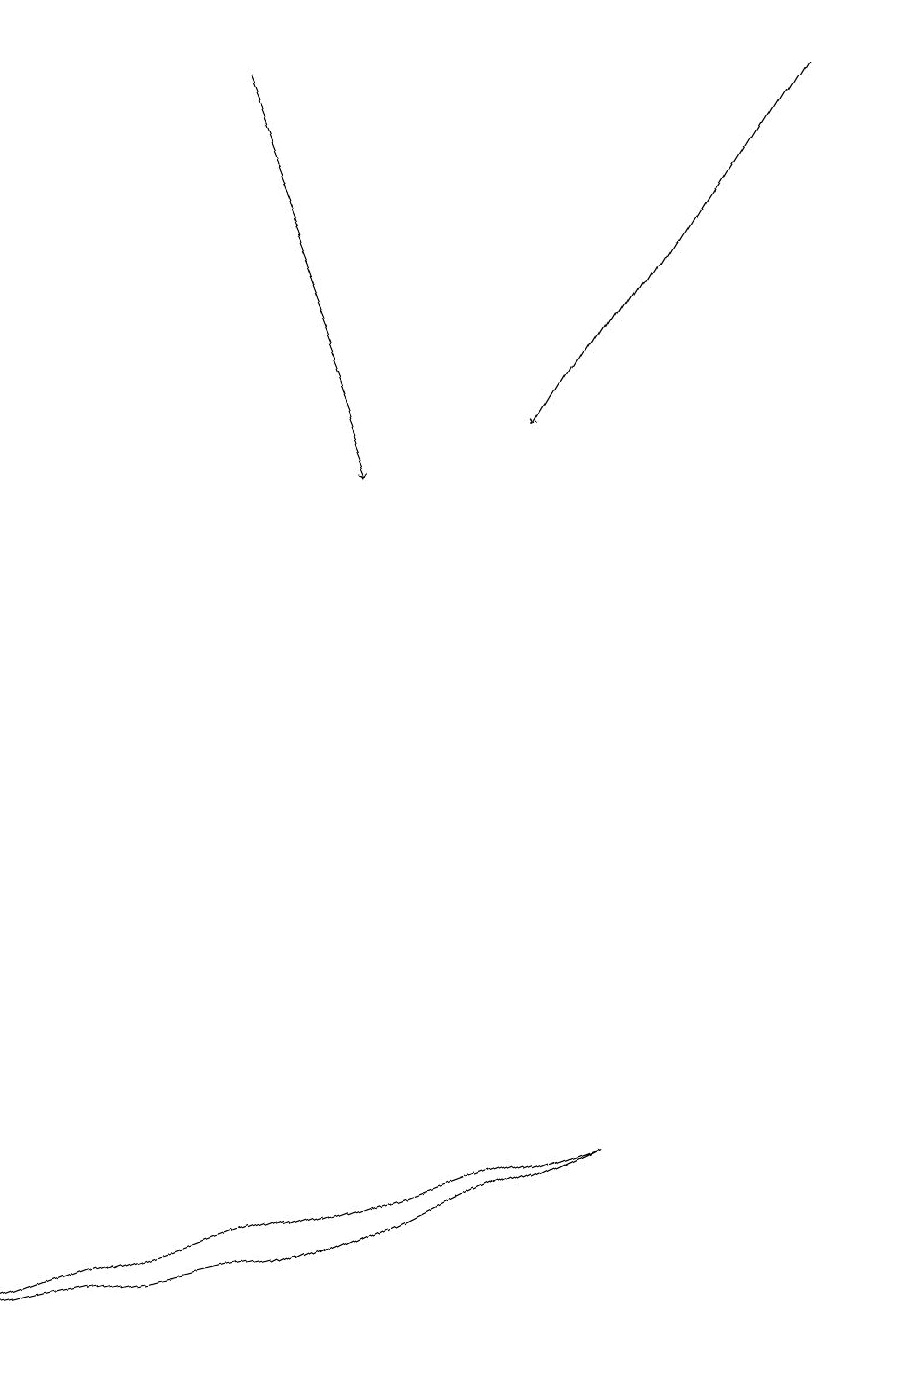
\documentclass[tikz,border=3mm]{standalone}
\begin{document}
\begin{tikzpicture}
\draw[->] (2,17) -- (4,12);
\draw[->] (9,18) -- (6,13);
\draw (8,4) -- (4,2) -- (0,1) -- cycle;
\draw (11,10) circle (0);
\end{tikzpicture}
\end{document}